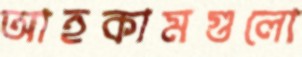
আহকামগুলো